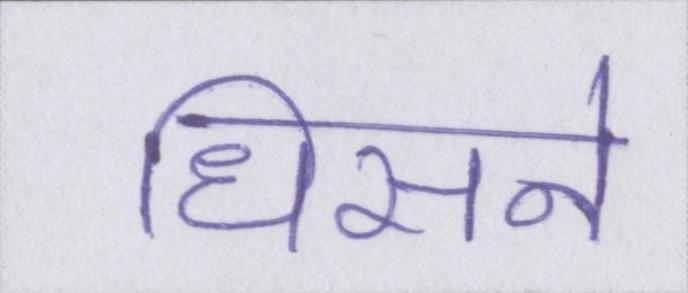
धिसने